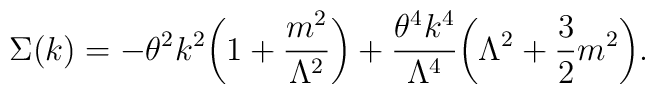
\Sigma(k)=-\theta^2k^2\biggl(1+\frac{m^2}{\Lambda^2}\biggr)+\frac{\theta^4k^4}{\Lambda^4}\biggl(\Lambda^2+\frac{3}{2}m^2\biggr).